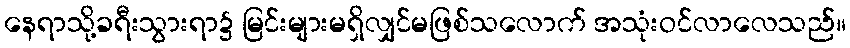
နေရာသို့ခရီးသွားရာ၌ မြင်းများမရှိလျှင်မဖြစ်သလောက် အသုံးဝင်လာလေသည်။